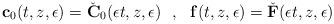
LaTeX: \begin{align*}\mathbf{c}_{0}(t,z,\epsilon) = \check{\mathbf{C}}_{0}(\epsilon t,z,\epsilon) \ \ , \ \ \mathbf{f}(t,z,\epsilon) = \check{\mathbf{F}}(\epsilon t,z,\epsilon)\end{align*}